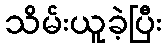
သိမ်းယူခဲ့ပြီး